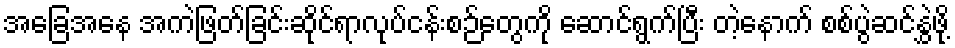
အခြေအနေ အကဲဖြတ်ခြင်းဆိုင်ရာလုပ်ငန်းစဉ်တွေကို ဆောင်ရွက်ပြီး တဲ့နောက် စစ်ပွဲဆင်နွှဲဖို့